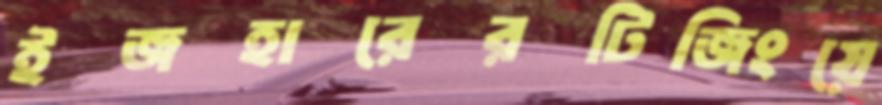
ইজহারেরটিজিংয়ে